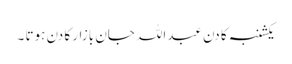
یکشنبہ کا دن عبداللہ جان بازار کا دن ہوتا ۔